Indian journal of veterinary science and animal husbandry - Volumes 24-25, 1954-1955
Year: 1954
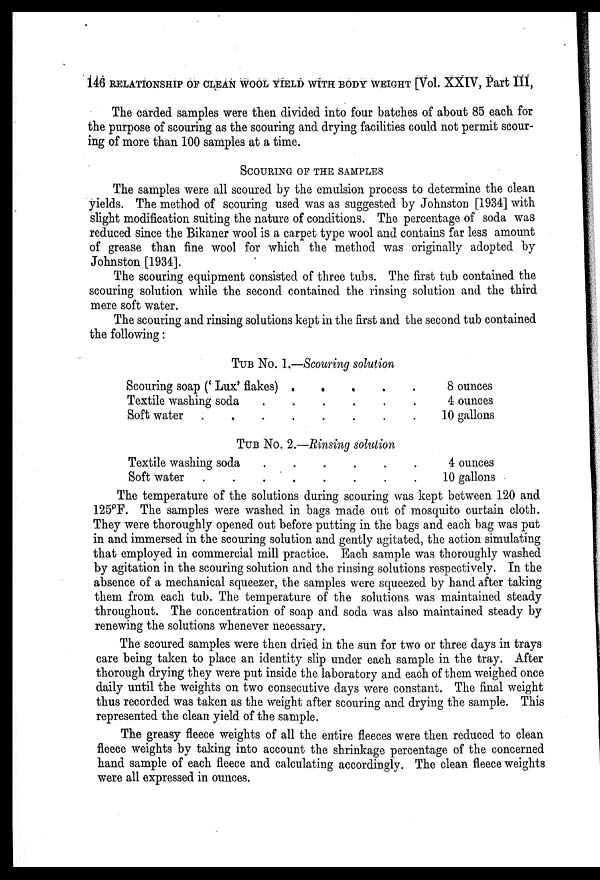
146 RELATIONSHIP OF CLEAN WOOL YIELD WITH BODY WEIGHT [Vol. XXIV, Part III,
The carded samples were then divided into four batches of about 85 each for
the purpose of scouring as the scouring and drying facilities could not permit scour-
ing of more than 100 samples at a time.
SCOURING OF THE SAMPLES
The samples were all scoured by the emulsion process to determine the clean
yields. The method of scouring used was as suggested by Johnston [1934] with
slight modification suiting the nature of conditions. The percentage of soda was
reduced since the Bikaner wool is a carpet type wool and contains far less amount
of grease than fine wool for which the method was originally adopted by
Johnston [1934].
The scouring equipment consisted of three tubs. The first tub contained the
scouring solution while the second contained the rinsing solution and the third
mere soft water.
The scouring and rinsing solutions kept in the first and the second tub contained
the following:
TUB NO. 1.—Scouring solution
Scouring soap (' Lux' flakes)
Textile washing soda
Soft water
TUB NO. 2.—Rinsing solution
Textile washing soda
Soft water
8 ounces
4 ounces
10 gallons
4 ounces
10 gallons
The temperature of the solutions during scouring was kept between 120 and
125°F. The samples were washed in bags made out of mosquito curtain cloth.
They were thoroughly opened out before putting in the bags and each bag was put
in and immersed in the scouring solution and gently agitated, the action simulating
that employed in commercial mill practice. Each sample was thoroughly washed
by agitation in the scouring solution and the rinsing solutions respectively. In the
absence of a mechanical squeezer, the samples were squeezed by hand after taking
them from each tub. The temperature of the solutions was maintained steady
throughout. The concentration of soap and soda was also maintained steady by
renewing the solutions whenever necessary.
The scoured samples were then dried in the sun for two or three days in trays
care being taken to place an identity slip under each sample in the tray. After
thorough drying they were put inside the laboratory and each of them weighed once
daily until the weights on two consecutive days were constant. The final weight
thus recorded was taken as the weight after scouring and drying the sample. This
represented the clean yield of the sample.
The greasy fleece weights of all the entire fleeces were then reduced to clean
fleece weights by taking into account the shrinkage percentage of the concerned
hand sample of each fleece and calculating accordingly. The clean fleece weights
were all expressed in ounces.